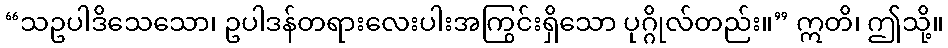
“သဥပါဒိသေသော၊ ဥပါဒန်တရားလေးပါးအကြွင်းရှိသော ပုဂ္ဂိုလ်တည်း။” ဣတိ၊ ဤသို့။